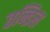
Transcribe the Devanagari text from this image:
तन्द्रिल